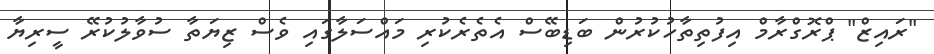
"ރައިޒް" ޕްރޮގްރާމް އިފުތިތާހުކުރުން ބަޑިބޭސް އެތެރެކުރި މައްސަލާގައި ވެސް ޒިޔަތާ ސުވާލުކުރޭ ސީރިޔާ